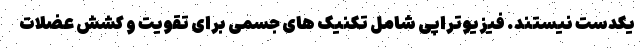
یکدست نیستند. فیزیوتراپی شامل تکنیک های جسمی برای تقویت و کشش عضلات